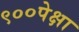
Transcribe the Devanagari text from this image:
९००पेक्षा